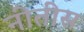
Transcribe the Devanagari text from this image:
नीतीस